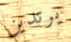
يرتدين